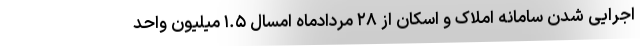
اجرایی شدن سامانه املاک و اسکان از ۲۸ مردادماه امسال ۱.۵ میلیون واحد